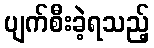
ပျက်စီးခဲ့ရသည့်